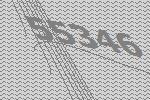
55346